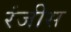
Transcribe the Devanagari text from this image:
रंजीस